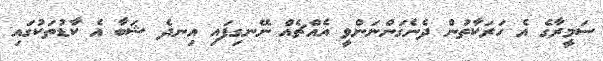
ސަމީރާގެ އެ ހަރަކާތުން ދެނެގަންނަންވީ އެއްޗެއް ނޭނގިފައި އިނދެ ޝަބާ އެ ކާޑުތަކުގައި